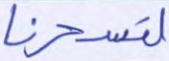
لتسحرنا